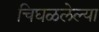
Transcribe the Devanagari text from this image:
चिघळलेल्या